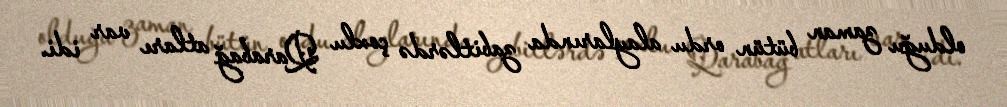
olduğu zaman bütün ordu alaylarında zabitlərdə çoxlu Qarabağ atları var idi.